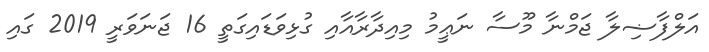
އަލްފާޟިލާ ޖަމްނާ މޫސާ ނަޢީމު މިއިދާރާއާއި ގުޅިވަޑައިގަތީ 16 ޖަނަވަރީ 2019 ގައި